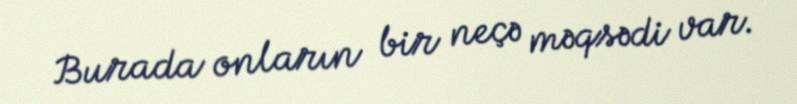
Burada onların bir neçə məqsədi var.